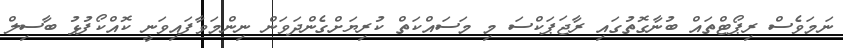
ނަމަވެސް ރިޕޯޓްތައް ބުނާގޮތުގައި ރާޖަޕަކްސަ މި މަސައްކަތް ކުރިޔަށްގެންދަވަން ނިންމަވާފައިވަނީ ކޮއްކޯފުޅު ބާސިލް